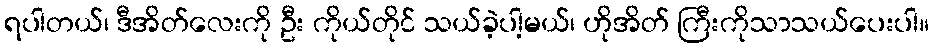
ရပါတယ်၊ ဒီအိတ်လေးကို ဦး ကိုယ်တိုင် သယ်ခဲ့ပါ့မယ်၊ ဟိုအိတ် ကြီးကိုသာသယ်ပေးပါ။